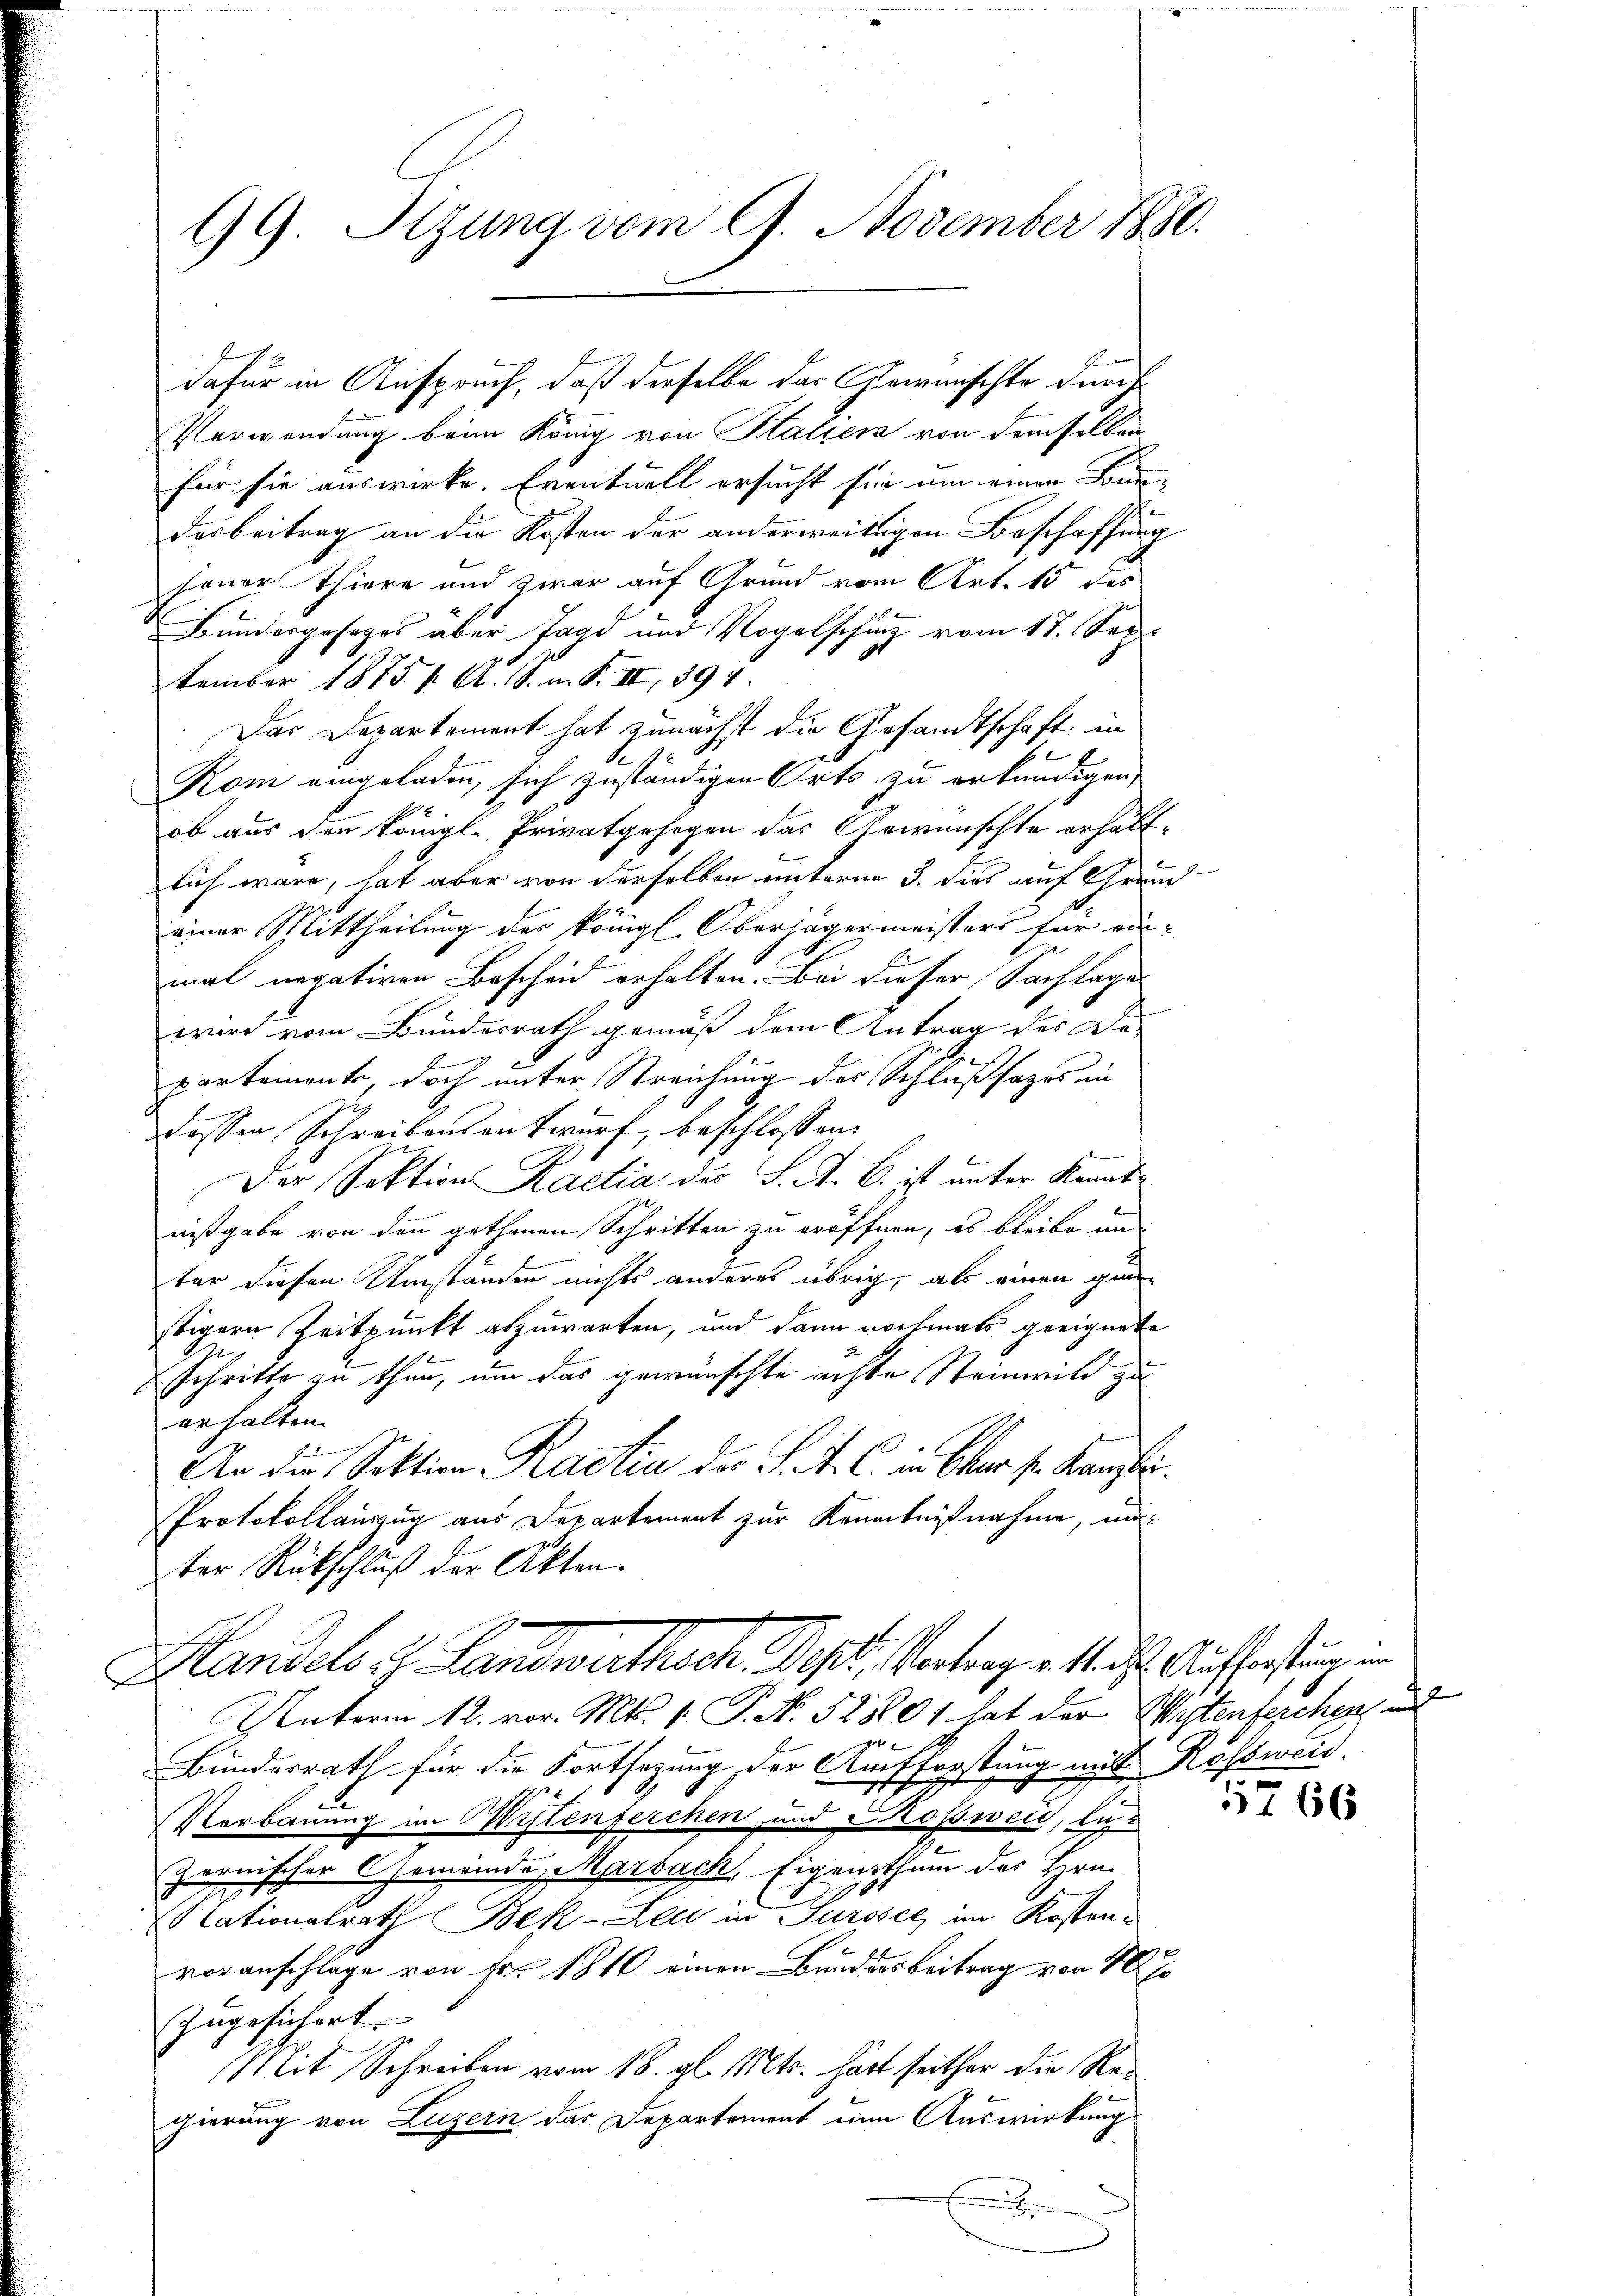
GG. Stzung vom 9. November 1880.

Verwendung beim König von Halter von demselben
für sie auswirke. Eventuell ersucht sie um einen Bun-
desbeitrag an die Kosten der anderweitigen Beschaffung
sener Thiere und zwar auf Grund vom Art. 15 des
Bundergesezes aber Jagd und Vogelschung vom 17. Sep.
tember 1875 f. A. 18. n. F. III 397.
Das Departement hat zunächst die Gesandtschaft in
E
Kom eingeladen, sich zuständigen Orts zu erkundigen,
ob aus den königl. Privatgehegen das Gewünschte erhältlich wäre, hat aber von derselben unterm 3. dies auf Grund
einer Mittheilung der königl. Oberjägermeisters für ein-
mal negativen Bescheid erhalten. Bei dieser Sachlages
wird vom Bundesrath gemäß dem Antrag des De-
d
partements, doch unter Streichung des Schluß sages in
dessen Schreibensentwurf, beschlossen:
Der Sektion Kalia der S. A. B. ist unter Kenntnißgabe von den gethanen Schritten zu eröffnen, es bleibe un
ter diesen Umstanden nichts anderes übrig, als einen ganstigern Zeitpunkt abzuwarten, und dann nochmals geeignete
Schritte zu thun, um das gewünschte achte Steinwild zu
erhalten.
An die Sektion Rattia der S. A. C. in Ohr s. Kanti
Protokollauszug aus Departement zur Kenntnißnahme, unter Rückschlŭβ der Akten.
Handels es Landwirthsch Pepi, Vertrag. 11. Auffassungen
Unterm 12. vor. Mts. 1. P. N. 528601 hat der Weistenterchen und
g
Bunderrath für die Fortsetzung der Aufforstung mit Roßweid.
Nerbauung im Wistenferchen und Kossweil, lezt
(zernischer Gemeinde Marbach, Eigenthum des Hrn.
Nationalrath Bek-Leu in Surssel im Kostenvoranschlage von Fr. 1810 einen Bundesbeitrag von 10 J
Zugesichert.
Mit Schreiben vom 18. gl. Mts. hart seither die Regierung von Luzern das Departement nun Auswirkung
.

dafür in Anspruch, daß derselbe das Gewünschte durch

5766